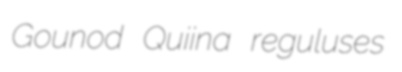
Gounod Quiina reguluses